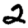
Digit: 2